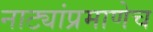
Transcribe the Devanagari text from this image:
नाट्यांप्रमाणेच